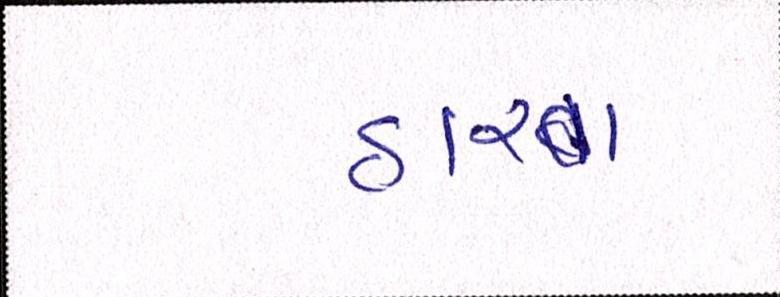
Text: હારવા